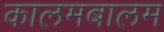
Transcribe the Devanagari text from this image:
कालमबालम